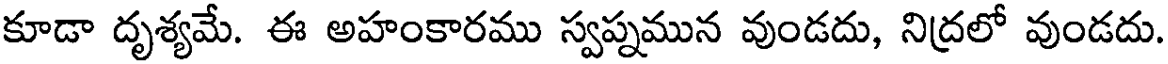
కూడా దృశ్యమే. ఈ అహంకారము స్వప్నమున వుండదు, నిద్రలో వుండదు.